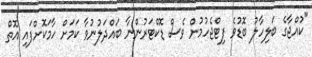
"ކުއްޖާގެ ބަލިހާލު ބޮޑުވެ ފިޓްޖެހުމުން ވެސް ޑޮކްޓަރުންނާ ބައްދަލުނުވާ ކަމަށް ހާމަކޮށްފައި އޮތް